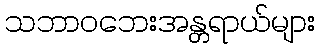
သဘာဝဘေးအန္တရာယ်များ